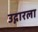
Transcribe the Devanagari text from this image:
उद्गारला